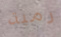
رمية